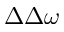
\Delta \Delta \omega